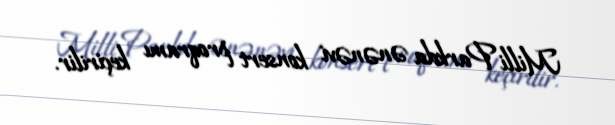
Milli Parkda ənənəvi konsert proqramı keçirilir.